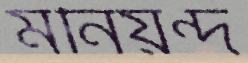
মনিয়ন্দ